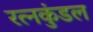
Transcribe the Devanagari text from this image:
रत्नकुंडल